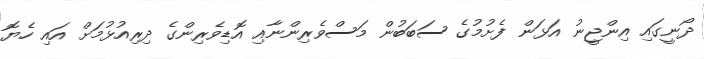
ދޯނީގައި އިންޖީނު އަޅަން ފެށުމުގެ ސަބަބުން މަސްވެރިންނާއި އޮޑިވެރިންގެ ދިރިއުޅުމަށް އައި ހެޔޮ